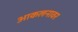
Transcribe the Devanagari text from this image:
आकलनावर